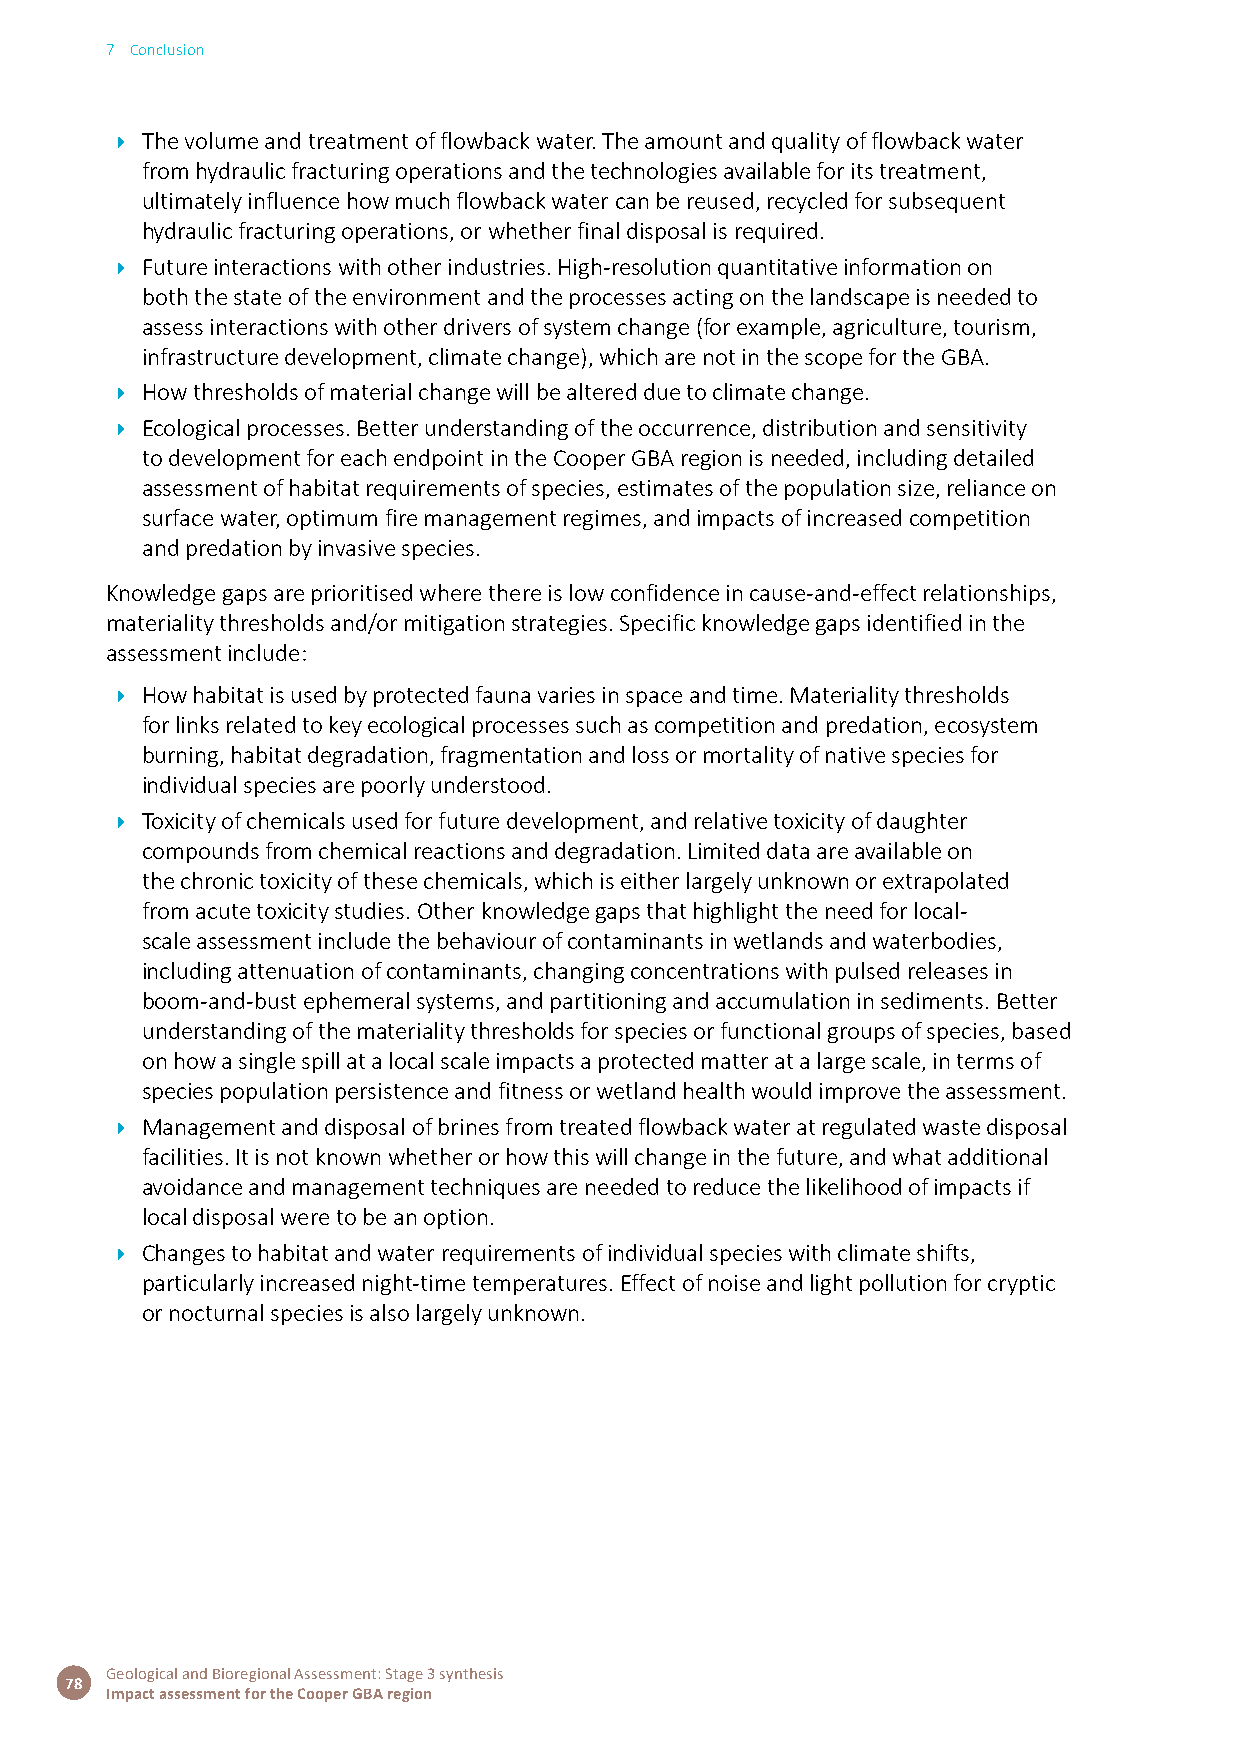
7 Conclusion
 Î The volume and treatment of flowback water. The amount and quality of flowback water
 from hydraulic fracturing operations and the technologies available for its treatment,
 ultimately influence how much flowback water can be reused, recycled for subsequent
 hydraulic fracturing operations, or whether final disposal is required.
 Î Future interactions with other industries. High-resolution quantitative information on
 both the state of the environment and the processes acting on the landscape is needed to
 assess interactions with other drivers of system change (for example, agriculture, tourism,
 infrastructure development, climate change), which are not in the scope for the GBA.
 Î How thresholds of material change will be altered due to climate change.
 Î Ecological processes. Better understanding of the occurrence, distribution and sensitivity
 to development for each endpoint in the Cooper GBA region is needed, including detailed
 assessment of habitat requirements of species, estimates of the population size, reliance on
 surface water, optimum fire management regimes, and impacts of increased competition
 and predation by invasive species.
 Knowledge gaps are prioritised where there is low confidence in cause-and-effect relationships,
 materiality thresholds and/or mitigation strategies. Specific knowledge gaps identified in the
 assessment include:
 Î How habitat is used by protected fauna varies in space and time. Materiality thresholds
 for links related to key ecological processes such as competition and predation, ecosystem
 burning, habitat degradation, fragmentation and loss or mortality of native species for
 individual species are poorly understood.
 Î Toxicity of chemicals used for future development, and relative toxicity of daughter
 compounds from chemical reactions and degradation. Limited data are available on
 the chronic toxicity of these chemicals, which is either largely unknown or extrapolated
 from acute toxicity studies. Other knowledge gaps that highlight the need for local-
 scale assessment include the behaviour of contaminants in wetlands and waterbodies,
 including attenuation of contaminants, changing concentrations with pulsed releases in
 boom-and-bust ephemeral systems, and partitioning and accumulation in sediments. Better
 understanding of the materiality thresholds for species or functional groups of species, based
 on how a single spill at a local scale impacts a protected matter at a large scale, in terms of
 species population persistence and fitness or wetland health would improve the assessment.
 Î Management and disposal of brines from treated flowback water at regulated waste disposal
 facilities. It is not known whether or how this will change in the future, and what additional
 avoidance and management techniques are needed to reduce the likelihood of impacts if
 local disposal were to be an option.
 Î Changes to habitat and water requirements of individual species with climate shifts,
 particularly increased night-time temperatures. Effect of noise and light pollution for cryptic
 or nocturnal species is also largely unknown.
 Geological and Bioregional Assessment: Stage 3 synthesis
 78
 Impact assessment for the Cooper GBA region